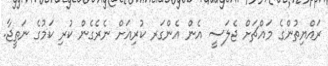
ރައްޔިތުންގެ މައްޗަށް ޖެލަސީ އެން އެންގަރ ކުރިއަށް ނެރެގެން ކުރި ކަމުގެ ނަތީޖާ.